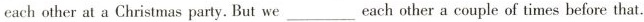
eachother at a Christmas party. But we___each other a couple of times before that.